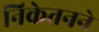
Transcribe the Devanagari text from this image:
निकेतनने